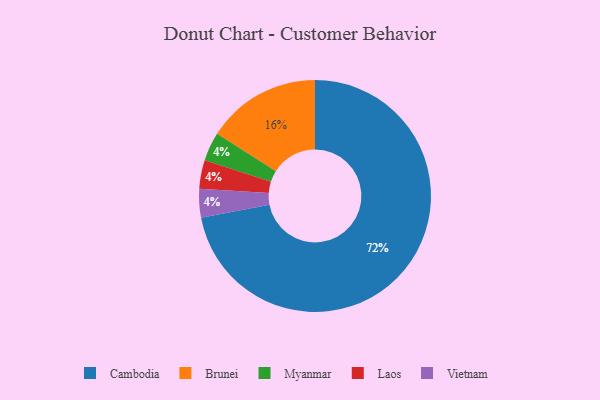
{"axis": {"x": "Category", "y": "Percentage"}, "legend": ["Brunei", "Cambodia", "Laos", "Myanmar", "Vietnam"], "data": [{"x": "Myanmar", "y": 4, "type": "Myanmar"}, {"x": "Cambodia", "y": 72, "type": "Cambodia"}, {"x": "Brunei", "y": 16, "type": "Brunei"}, {"x": "Laos", "y": 4, "type": "Laos"}, {"x": "Vietnam", "y": 4, "type": "Vietnam"}]}